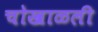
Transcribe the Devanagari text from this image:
चोखाळली